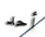
أحد